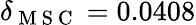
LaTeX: \delta_{\mathrm{~M~S~C~}}=0.0408